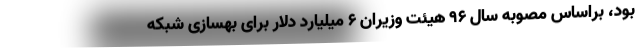
بود، براساس مصوبه سال ۹۶ هیئت وزیران ۶ میلیارد دلار برای بهسازی شبکه